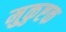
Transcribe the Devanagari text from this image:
मुकुष्टक